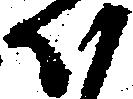
か